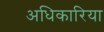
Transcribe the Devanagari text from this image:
अधिकारिया